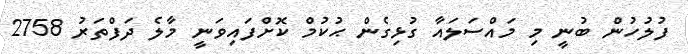
ފުލުހުން ބުނީ މި މައްސަލައާ ގުޅިގެން ޙުކުމް ކޮށްފައިވަނީ މާލެ ދަފްތަރު 2758